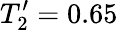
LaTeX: T_{2}^{\prime}=0.65